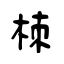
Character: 栜